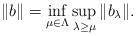
LaTeX: \begin{align*}\|b\|=\inf_{\mu\in \Lambda} \sup_{\lambda\geq \mu} \|b_\lambda\|.\end{align*}